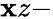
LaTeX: \mathbf{x}z-